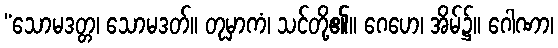
“သောမဒတ္တ၊ သောမဒတ်။ တုမှာကံ၊ သင်တို့၏။ ဂေဟေ၊ အိမ်၌။ ဂေါဏာ၊